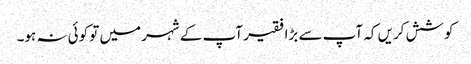
کوشش کریں کہ آپ سے بڑا فقیر آپ کے شہر میں تو کوئی نہ ہو۔